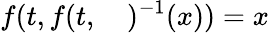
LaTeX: f(t,f(t,\quad)^{-1}(x))=x